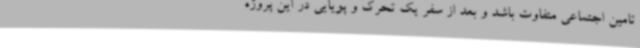
تامین اجتماعی متفاوت باشد و بعد از سفر یک تحرک و پویایی در این پروژه